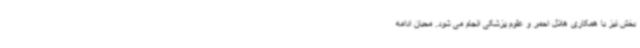
بخش نیز با همکاری هلال احمر و علوم پزشکی انجام می شود. محبان ادامه